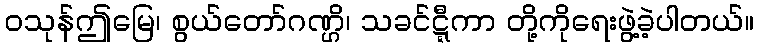
ဝသုန်ဤမြေ၊ စွယ်တော်ဂဏ္ဌိ၊ သခင်ဋ္ဋီကာ တို့ကိုရေးဖွဲ့ခဲ့ပါတယ်။